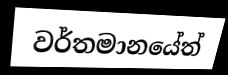
වර්තමානයේත්